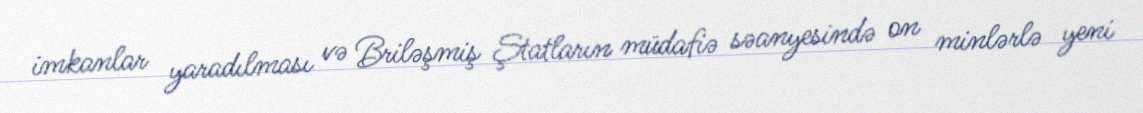
imkanlar yaradılması və Briləşmiş Ştatların müdafiə səanyesində on minlərlə yeni